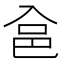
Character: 𱏲